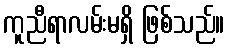
ကူညီရာလမ်းမရှိ ဖြစ်သည်။